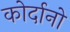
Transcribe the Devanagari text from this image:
कोर्दानो